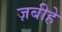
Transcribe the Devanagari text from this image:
ज़बीहे